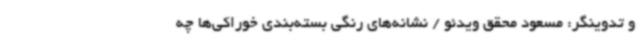
و تدوینگر: مسعود محقق ویدئو / نشانه‌های رنگی بسته‌بندی خوراکی‌ها چه